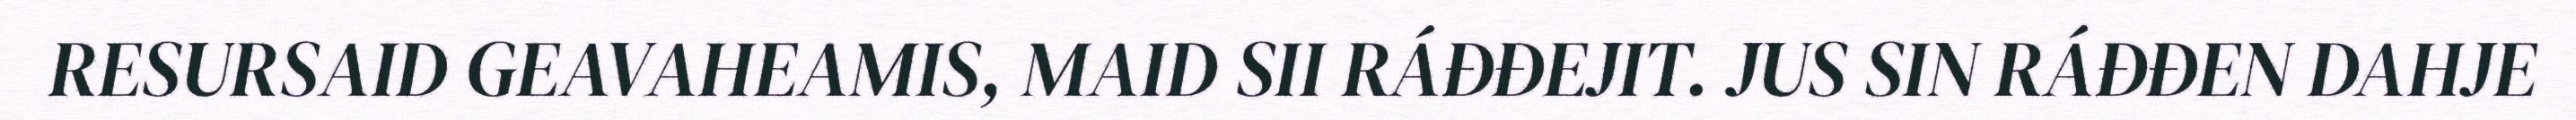
RESURSAID GEAVAHEAMIS, MAID SII RÁĐĐEJIT. JUS SIN RÁĐĐEN DAHJE